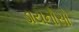
ડાયનોસો